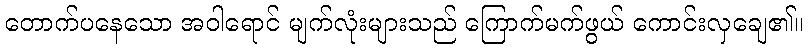
တောက်ပနေသော အဝါရောင် မျက်လုံးများသည် ကြောက်မက်ဖွယ် ကောင်းလှချေ၏။